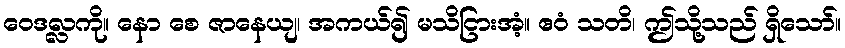
ဝေဒလ္လကို။ နော စေ ဇာနေယျ၊ အကယ်၍ မသိငြားအံ့။ ဧဝံ သတိ၊ ဤသို့သည် ရှိသော်။